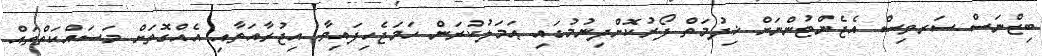
ބިޒްނަސް ސަރވިސް އެޖެންޓުންނަށް ޚިދުމަތް ފޯރުކޮށްދިނުމުގައި ޢަމަލުކުރަން ހަމަޖެހިފައިވާ އިޖުރާއަތާއި އެއްގޮތަށް މަސައްކަތްތައް